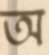
অ